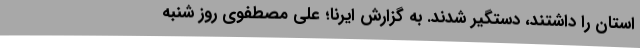
استان را داشتند، دستگیر شدند. به گزارش ایرنا؛ علی مصطفوی روز شنبه